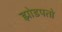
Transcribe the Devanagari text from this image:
झोडपतो